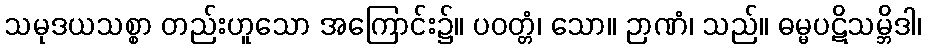
သမုဒယသစ္စာ တည်းဟူသော အကြောင်း၌။ ပဝတ္တံ၊ သော။ ဉာဏံ၊ သည်။ ဓမ္မပဋိသမ္ဘိဒါ၊